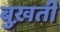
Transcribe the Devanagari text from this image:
बुख़ती